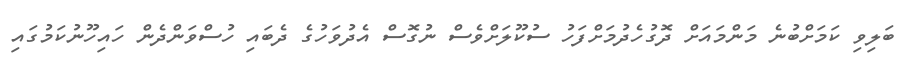
ބަލިވި ކަމަށްބުނެ މަންމައަށް ދޮގުހެދުމަށްފަހު ސުކޫލަށްވެސް ނުގޮސް އެދުވަހުގެ ދެބައި ހުސްވަންދެން ހައިހޫނުކަމުގައި